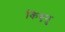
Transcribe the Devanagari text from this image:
किएनु